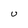
Character: U